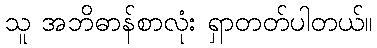
သူ အဘိဓာန်စာလုံး ရှာတတ်ပါတယ်။